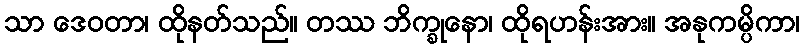
သာ ဒေဝတာ၊ ထိုနတ်သည်။ တဿ ဘိက္ခုနော၊ ထိုရဟန်းအား။ အနုကမ္ပိကာ၊